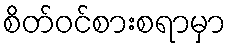
စိတ်ဝင်စားစရာမှာ